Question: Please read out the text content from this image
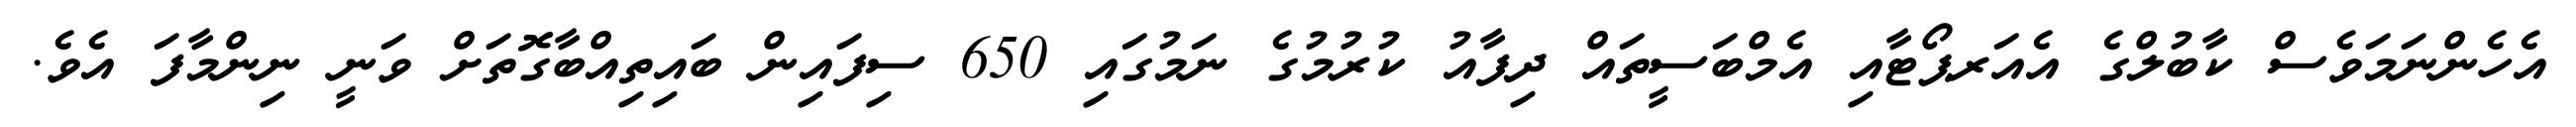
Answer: އެހެންނަމަވެސް ކާބުލްގެ އެއަރޕޯޓާއި އެމްބަސީތައް ދިފާއު ކުރުމުގެ ނަމުގައި 650 ސިފައިން ބައިތިއްބާގޮތަށް ވަނީ ނިންމާފަ އެވެ.